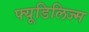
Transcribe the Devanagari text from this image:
फ्यूडिलिज्म